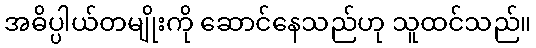
အဓိပ္ပါယ်တမျိုးကို ဆောင်နေသည်ဟု သူထင်သည်။